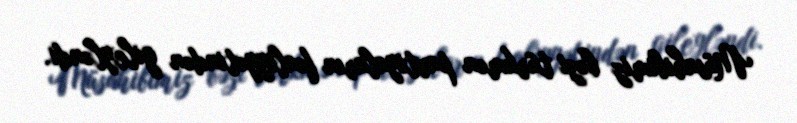
Müsahibimiz bəzi türkmən partiyaların fəaliyyətindən gileyləndi.